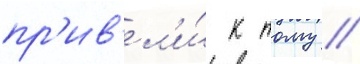
пр'ив'ел'и́ к тому /